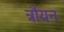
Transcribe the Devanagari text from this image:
त्रौयन